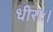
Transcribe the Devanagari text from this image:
धीराः।